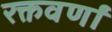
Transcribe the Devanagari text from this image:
रक्तवर्णां